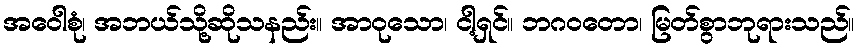
အဝေါစုံ၊ အဘယ်သို့ဆိုသနည်း။ အာဝုသော၊ ငါ့ရှင်။ ဘဂဝတော၊ မြတ်စွာဘုရားသည်။